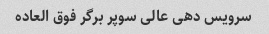
سرویس دهی عالی سوپر برگر فوق العاده